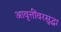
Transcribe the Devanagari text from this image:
आवृत्तींवरसुद्धा